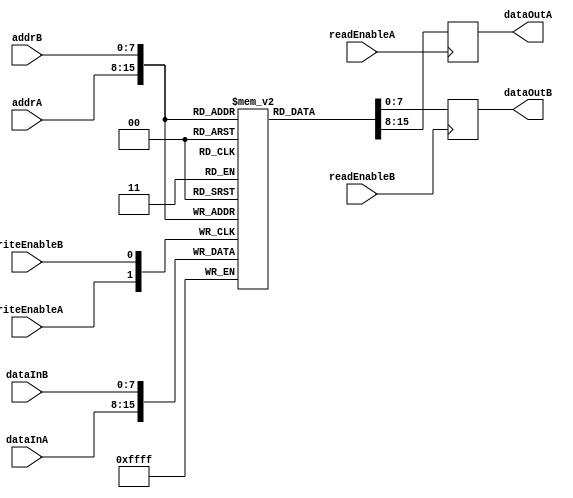
module dual_port_ram (
    input wire [7:0] addrA,
    input wire [7:0] addrB,
    input wire [7:0] dataInA,
    input wire [7:0] dataInB,
    input wire writeEnableA,
    input wire writeEnableB,
    input wire readEnableA,
    input wire readEnableB,
    output reg [7:0] dataOutA,
    output reg [7:0] dataOutB
);

reg [7:0] memory [0:255]; // 256x8 memory block

always @ (posedge writeEnableA)
begin
    if (writeEnableA)
        memory[addrA] <= dataInA;
end

always @ (posedge writeEnableB)
begin
    if (writeEnableB)
        memory[addrB] <= dataInB;
end

always @ (posedge readEnableA)
begin
    if (readEnableA)
        dataOutA <= memory[addrA];
end

always @ (posedge readEnableB)
begin
    if (readEnableB)
        dataOutB <= memory[addrB];
end

endmodule